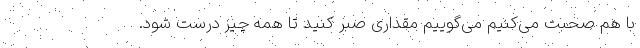
با هم صحبت می‌کنیم می‌گوییم مقداری صبر کنید تا همه چیز درست شود.